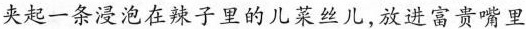
夹起一条浸泡在辣子里的儿菜丝儿,放进富贵嘴里